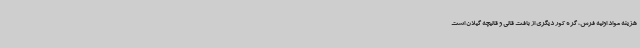
هزینه مواد اولیه فرش، گره کور دیگری از بافت قالی و قالیچه گیلان است